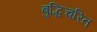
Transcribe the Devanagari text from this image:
बुद्धिचरित